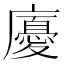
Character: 𢋣